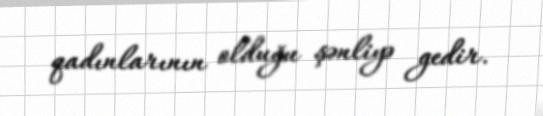
qadınlarının olduğu şənliyə gedir.